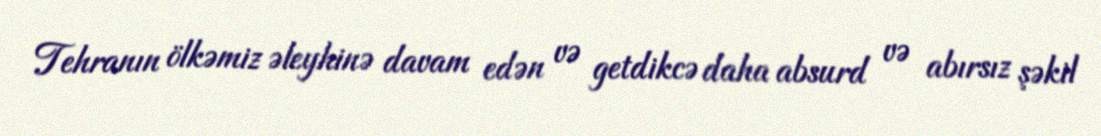
Tehranın ölkəmiz əleyhinə davam edən və getdikcə daha absurd və abırsız şəkil